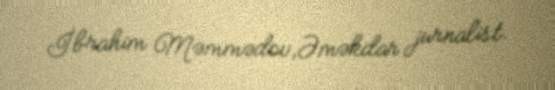
İbrahim Məmmədov,Əməkdar jurnalist.